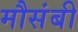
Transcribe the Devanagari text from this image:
मौसंबी